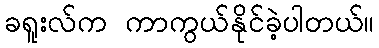
ခရူးလ်က ကာကွယ်နိုင်ခဲ့ပါတယ်။